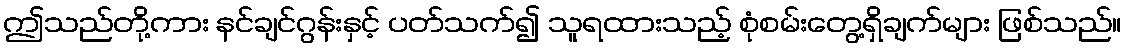
ဤသည်တို့ကား နင်ချင်ဂွန်းနှင့် ပတ်သက်၍ သူရထားသည့် စုံစမ်းတွေ့ရှိချက်များ ဖြစ်သည်။